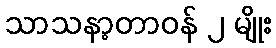
သာသနာ့တာဝန် ၂ မျိုး